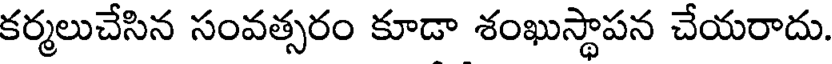
కర్మలుచేసిన సంవత్సరం కూడా శంఖుస్థాపన చేయరాదు.